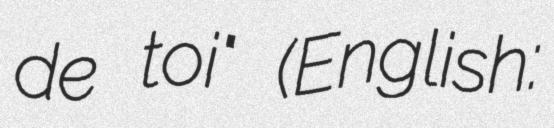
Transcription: de toi" (English: